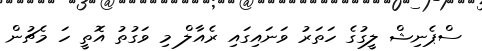
ސްޕެނިޝް ލީގުގެ ހަތަރު ވަނައިގައި ރެއާލް މި ވަގުތު އޮތީ ހަ މެޗުން